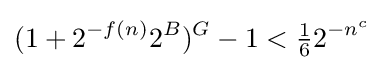
(1+2^{-f(n)}2^{B})^{G}-1<{\tfrac {1}{6}}2^{-n^{c}}